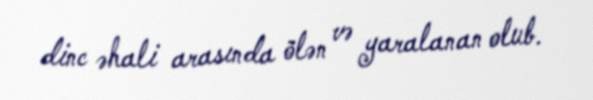
dinc əhali arasında ölən və yaralanan olub.